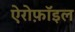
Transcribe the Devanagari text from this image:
ऐरोफ़ॉइल